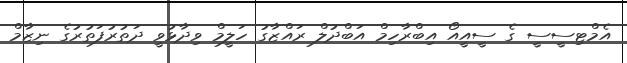
އެމްޓިސީސީ ގެ ސީއީއޯ އިބްރާހިމް އަބްދުލް ރައްޒާގު ހަލީމް ވިދާޅުވީ ދަތުރުފަތުރުގެ ނިޒާމް